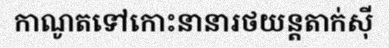
កាណូតទៅកោះនានារថយន្តតាក់ស៊ី